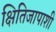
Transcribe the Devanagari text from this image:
क्षितिजापाशी